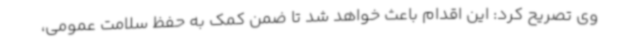
وی تصریح کرد: این اقدام باعث خواهد شد تا ضمن کمک به حفظ سلامت عمومی،